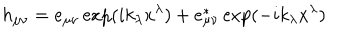
LaTeX: h _ { \mu \nu } = e _ { \mu \nu } \exp ( i k _ { \lambda } x ^ { \lambda } ) + e _ { \mu \nu } ^ { * } \exp ( - i k _ { \lambda } x ^ { \lambda } )